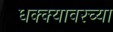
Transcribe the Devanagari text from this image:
धक्क्यावरच्या